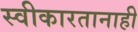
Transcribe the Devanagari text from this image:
स्वीकारतानाही